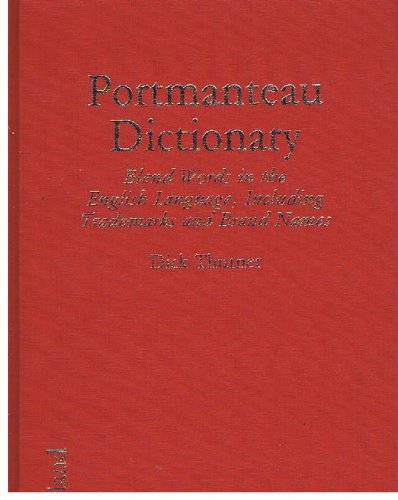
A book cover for Portmanteau Dictionary: Blend Words in the English Language, Including Trademarks and Brand Names; Dick Thurner; Reference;